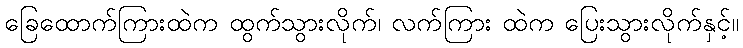
ခြေထောက်ကြားထဲက ထွက်သွားလိုက်၊ လက်ကြား ထဲက ပြေးသွားလိုက်နှင့်။